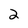
Character: 2